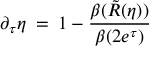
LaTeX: \partial _ { \tau } \eta \: = \: 1 - \frac { \beta ( \tilde { R } ( \eta ) ) } { \beta ( 2 e ^ { \tau } ) } \,